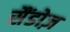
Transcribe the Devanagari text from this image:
सैंडोज़